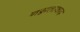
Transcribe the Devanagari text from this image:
नग्नतावाद